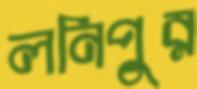
লনিপুর